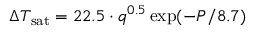
\Delta T _ { \mathrm { { s a t } } } = 2 2 . 5 \cdot { q } ^ { 0 . 5 } \exp ( - P / 8 . 7 )